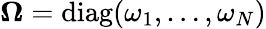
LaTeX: \boldsymbol{\Omega}=\mathrm{diag}(\omega_{1},\dots,\omega_{N})